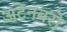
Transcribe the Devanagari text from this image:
अटेनबरो